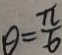
\theta = \frac { \pi } { 6 }